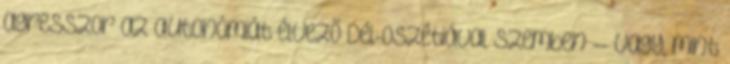
agresszor az autonómiát élvező Dél-Oszétiával szemben -- vagy, mint